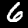
Digit: 6